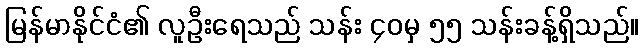
မြန်မာနိုင်ငံ၏ လူဦးရေသည် သန်း ၄၀မှ ၅၅ သန်းခန့်ရှိသည်။